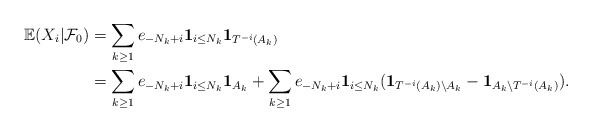
\begin{align*}{\mathbb{E}}(X_{i}|{\mathcal{F}}_{0}) & =\sum_{k\geq1}e_{-N_{k}+i}\mathbf{1}_{i\leq N_{k}}\mathbf{1}_{T^{-i}(A_{k})}\\& =\sum_{k\geq1}e_{-N_{k}+i}\mathbf{1}_{i\leq N_{k}}\mathbf{1}_{A_{k}}+\sum_{k\geq1}e_{-N_{k}+i}\mathbf{1}_{i\leq N_{k}}(\mathbf{1}_{T^{-i}(A_{k})\backslash A_{k}}-\mathbf{1}_{A_{k}\backslash T^{-i}(A_{k})}).\end{align*}